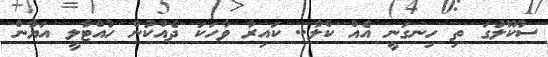
ސުކޫލުގަ ތި ހިނގަނީ އެއް ކްލާ.. ކައިރާ ވާހަކަ ދެއްކުން ހުއްޓާލީ އަޔާން